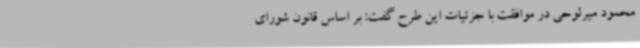
محمود میرلوحی در موافقت با جزئیات این طرح گفت: بر اساس قانون شورای